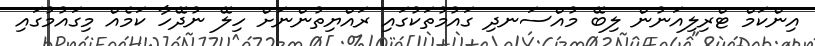
އިންކަމް ޓްރިލިއަނުން ލިބޭ މުއްސަނދި ގައުމުތަކުގައި ރައްޔިތުންނަށް ހިލޭ ނުދޭހާ ކަމެއް މިގައުމުގައި